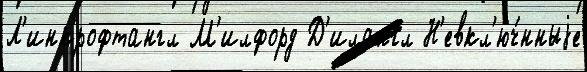
Л'инкрофтангл М'илфорд Д'илангл Н'евкл'юч́нныjе